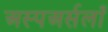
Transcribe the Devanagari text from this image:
अस्पअर्सलाँ